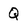
Character: Q